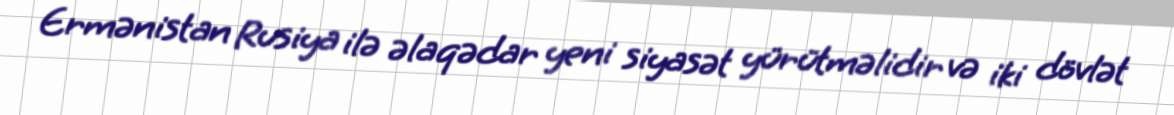
Ermənistan Rusiya ilə əlaqədar yeni siyasət yürütməlidir və iki dövlət